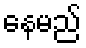
နေမည်